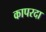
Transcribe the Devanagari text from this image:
कापरदा